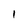
Character: 1